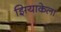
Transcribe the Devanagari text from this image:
झियाकेला